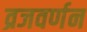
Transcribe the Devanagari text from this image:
व्रजवर्णन